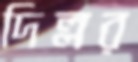
দিল্লর